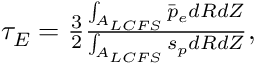
\begin{array} { r } { \tau _ { E } = \frac { 3 } { 2 } \frac { \int _ { A _ { L C F S } } \bar { p } _ { e } d R d Z } { \int _ { A _ { L C F S } } s _ { p } d R d Z } , } \end{array}